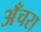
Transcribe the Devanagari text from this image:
अँचरा